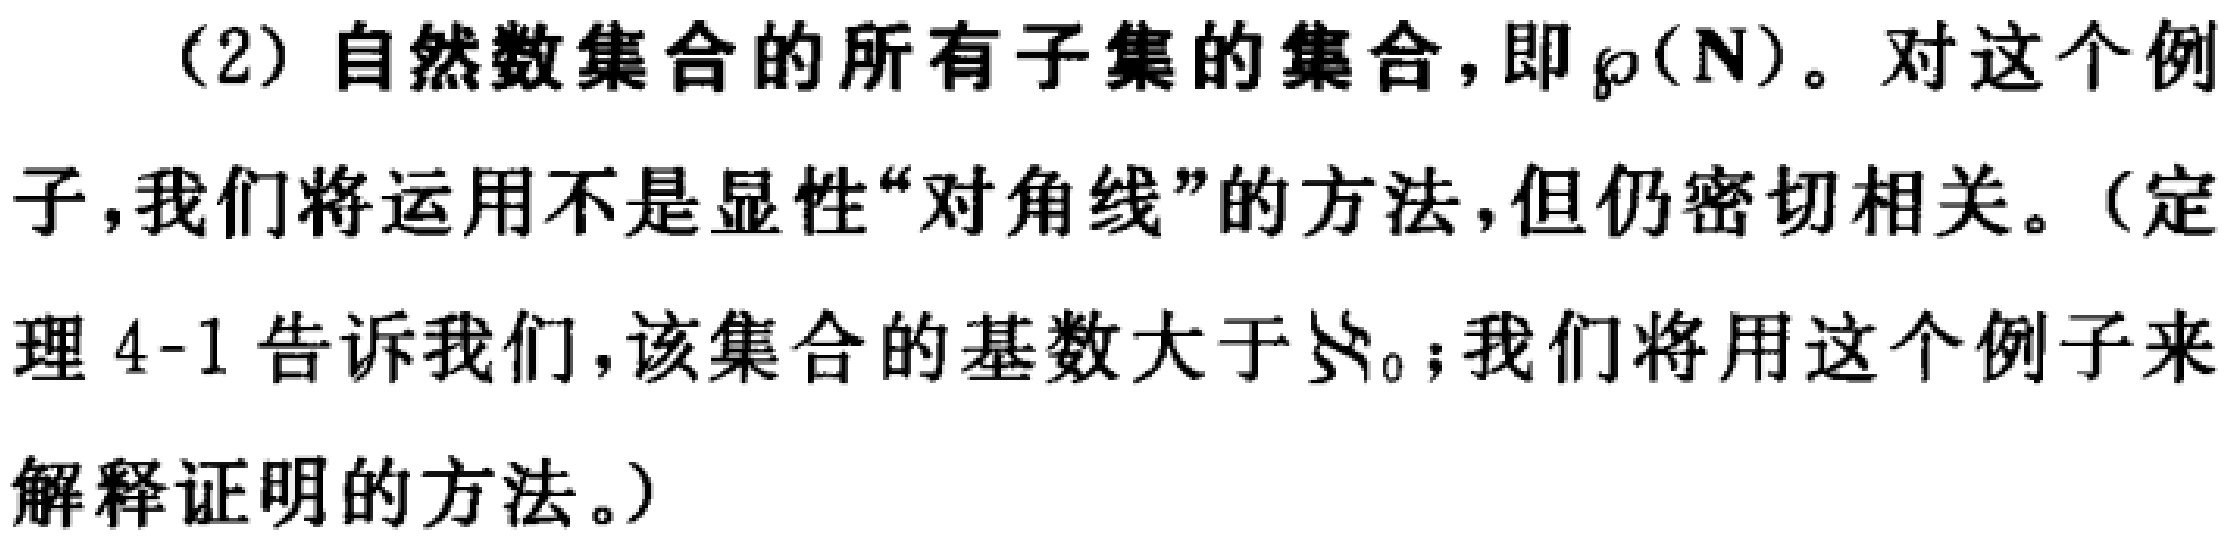
（2）自然数集合的所有子集的集合，即$\wp(\mathbb{N})$。对这个例子，我们将运用不是显性“对角线”的方法，但仍密切相关。（定理 4-1 告诉我们，该集合的基数大于$\aleph_0$；我们将用这个例子来解释证明的方法。）